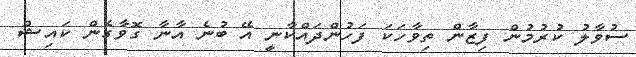
ސުވާލު ކުރުމުން ފިޒާން ތިވާހަކަ ފަހުންދައްކާނީ އޭ ބުނެ އާނާ ގޮވާގެން ކައިޝް